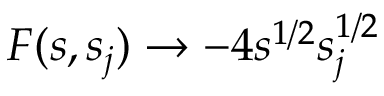
F ( s , s _ { j } ) \rightarrow - 4 s ^ { 1 / 2 } s _ { j } ^ { 1 / 2 }